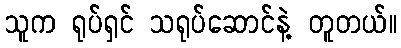
သူက ရုပ်ရှင် သရုပ်ဆောင်နဲ့ တူတယ်။